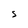
Character: S